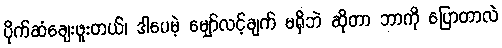
ပိုက်ဆံချေးဖူးတယ်၊ ဒါပေမဲ့ မျှော်လင့်ချက် မရှိဘဲ ဆိုတာ ဘာကို ပြောတာလဲ